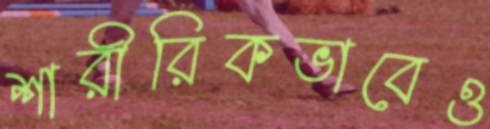
শারীরিকভাবেও